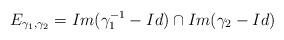
LaTeX: \begin{align*}E_{\gamma_1,\gamma_2}=Im(\gamma_1^{-1}-Id)\cap Im(\gamma_2-Id)\end{align*}